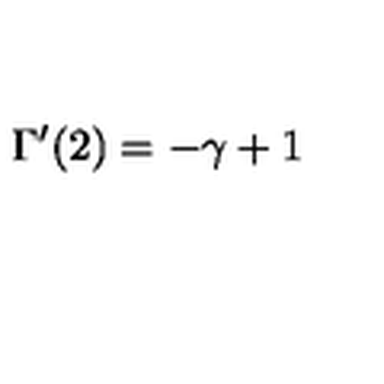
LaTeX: \Gamma ^ { \prime } ( 2 ) = - \gamma + 1